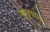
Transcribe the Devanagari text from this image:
फुप्फुसाला